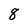
Character: 8